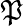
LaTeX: \mathfrak{P}